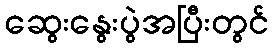
ဆွေးနွေးပွဲအပြီးတွင်